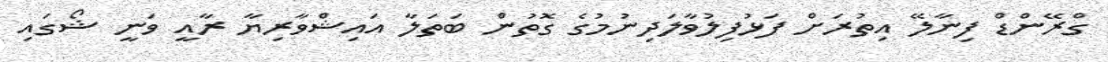
ގްރޭންޑް ފިނާލޭ އިތުރަށް ފަޅުފިލުވާލަދިނުމުގެ ގޮތުން ބަތަލާ އައިޝްވާރިޔާ ރާއީ ވަނީ ޝޯގައި